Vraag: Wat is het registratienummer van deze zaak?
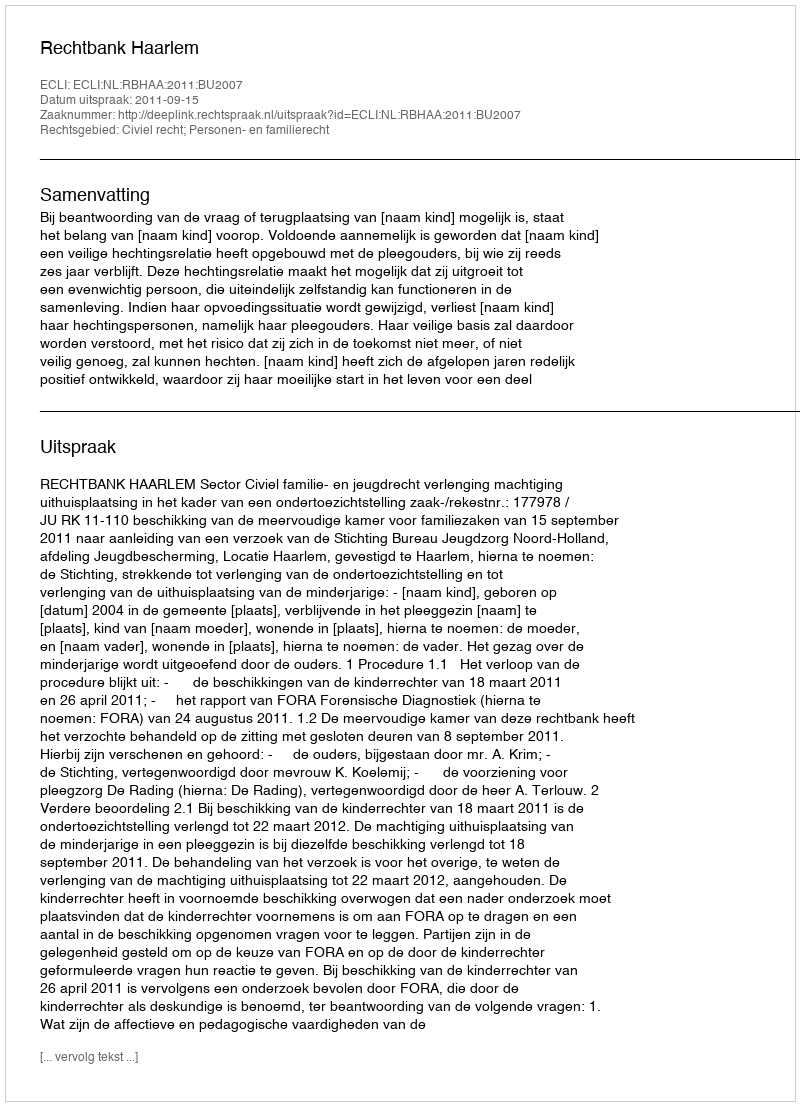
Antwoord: http://deeplink.rechtspraak.nl/uitspraak?id=ECLI:NL:RBHAA:2011:BU2007